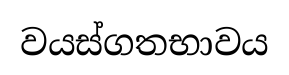
වයස්ගතභාවය